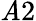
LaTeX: \mathit{A}2